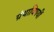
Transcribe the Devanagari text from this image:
ग्रंथाविषयीं